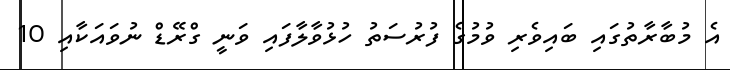
އެ މުބާރާތުގައި ބައިވެރި ވުމުގެ ފުރުސަތު ހުޅުވާލާފައި ވަނީ ގްރޭޑް ނުވައަކާއި 10